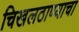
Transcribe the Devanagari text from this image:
चिखलठाण्याचा